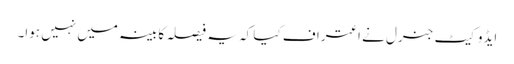
ایڈوکیٹ جنرل نے اعتراف کیا کہ یہ فیصلہ کابینہ میں نہیں ہوا۔